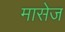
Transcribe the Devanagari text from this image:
मासेज